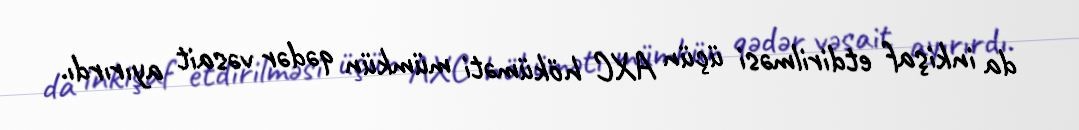
da inkişaf etdirilməsi üçün AXC höküməti mümkün qədər vəsait ayırırdı.